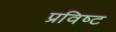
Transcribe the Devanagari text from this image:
प्रविष्‍ट